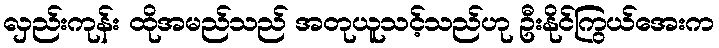
လှည်းကုန်း ထိုအမည်သည် အတုယူသင့်သည်ဟု ဦးနိုင်ကြွယ်အေးက